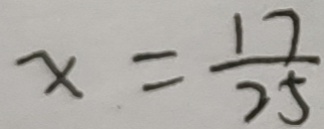
x = \frac { 1 7 } { 2 5 }